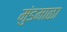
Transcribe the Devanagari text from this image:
मुंडमाळा